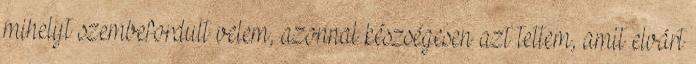
mihelyt szembefordult velem, azonnal készségesen azt tettem, amit elvárt